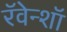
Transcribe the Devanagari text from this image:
रॅवेन्शॉ